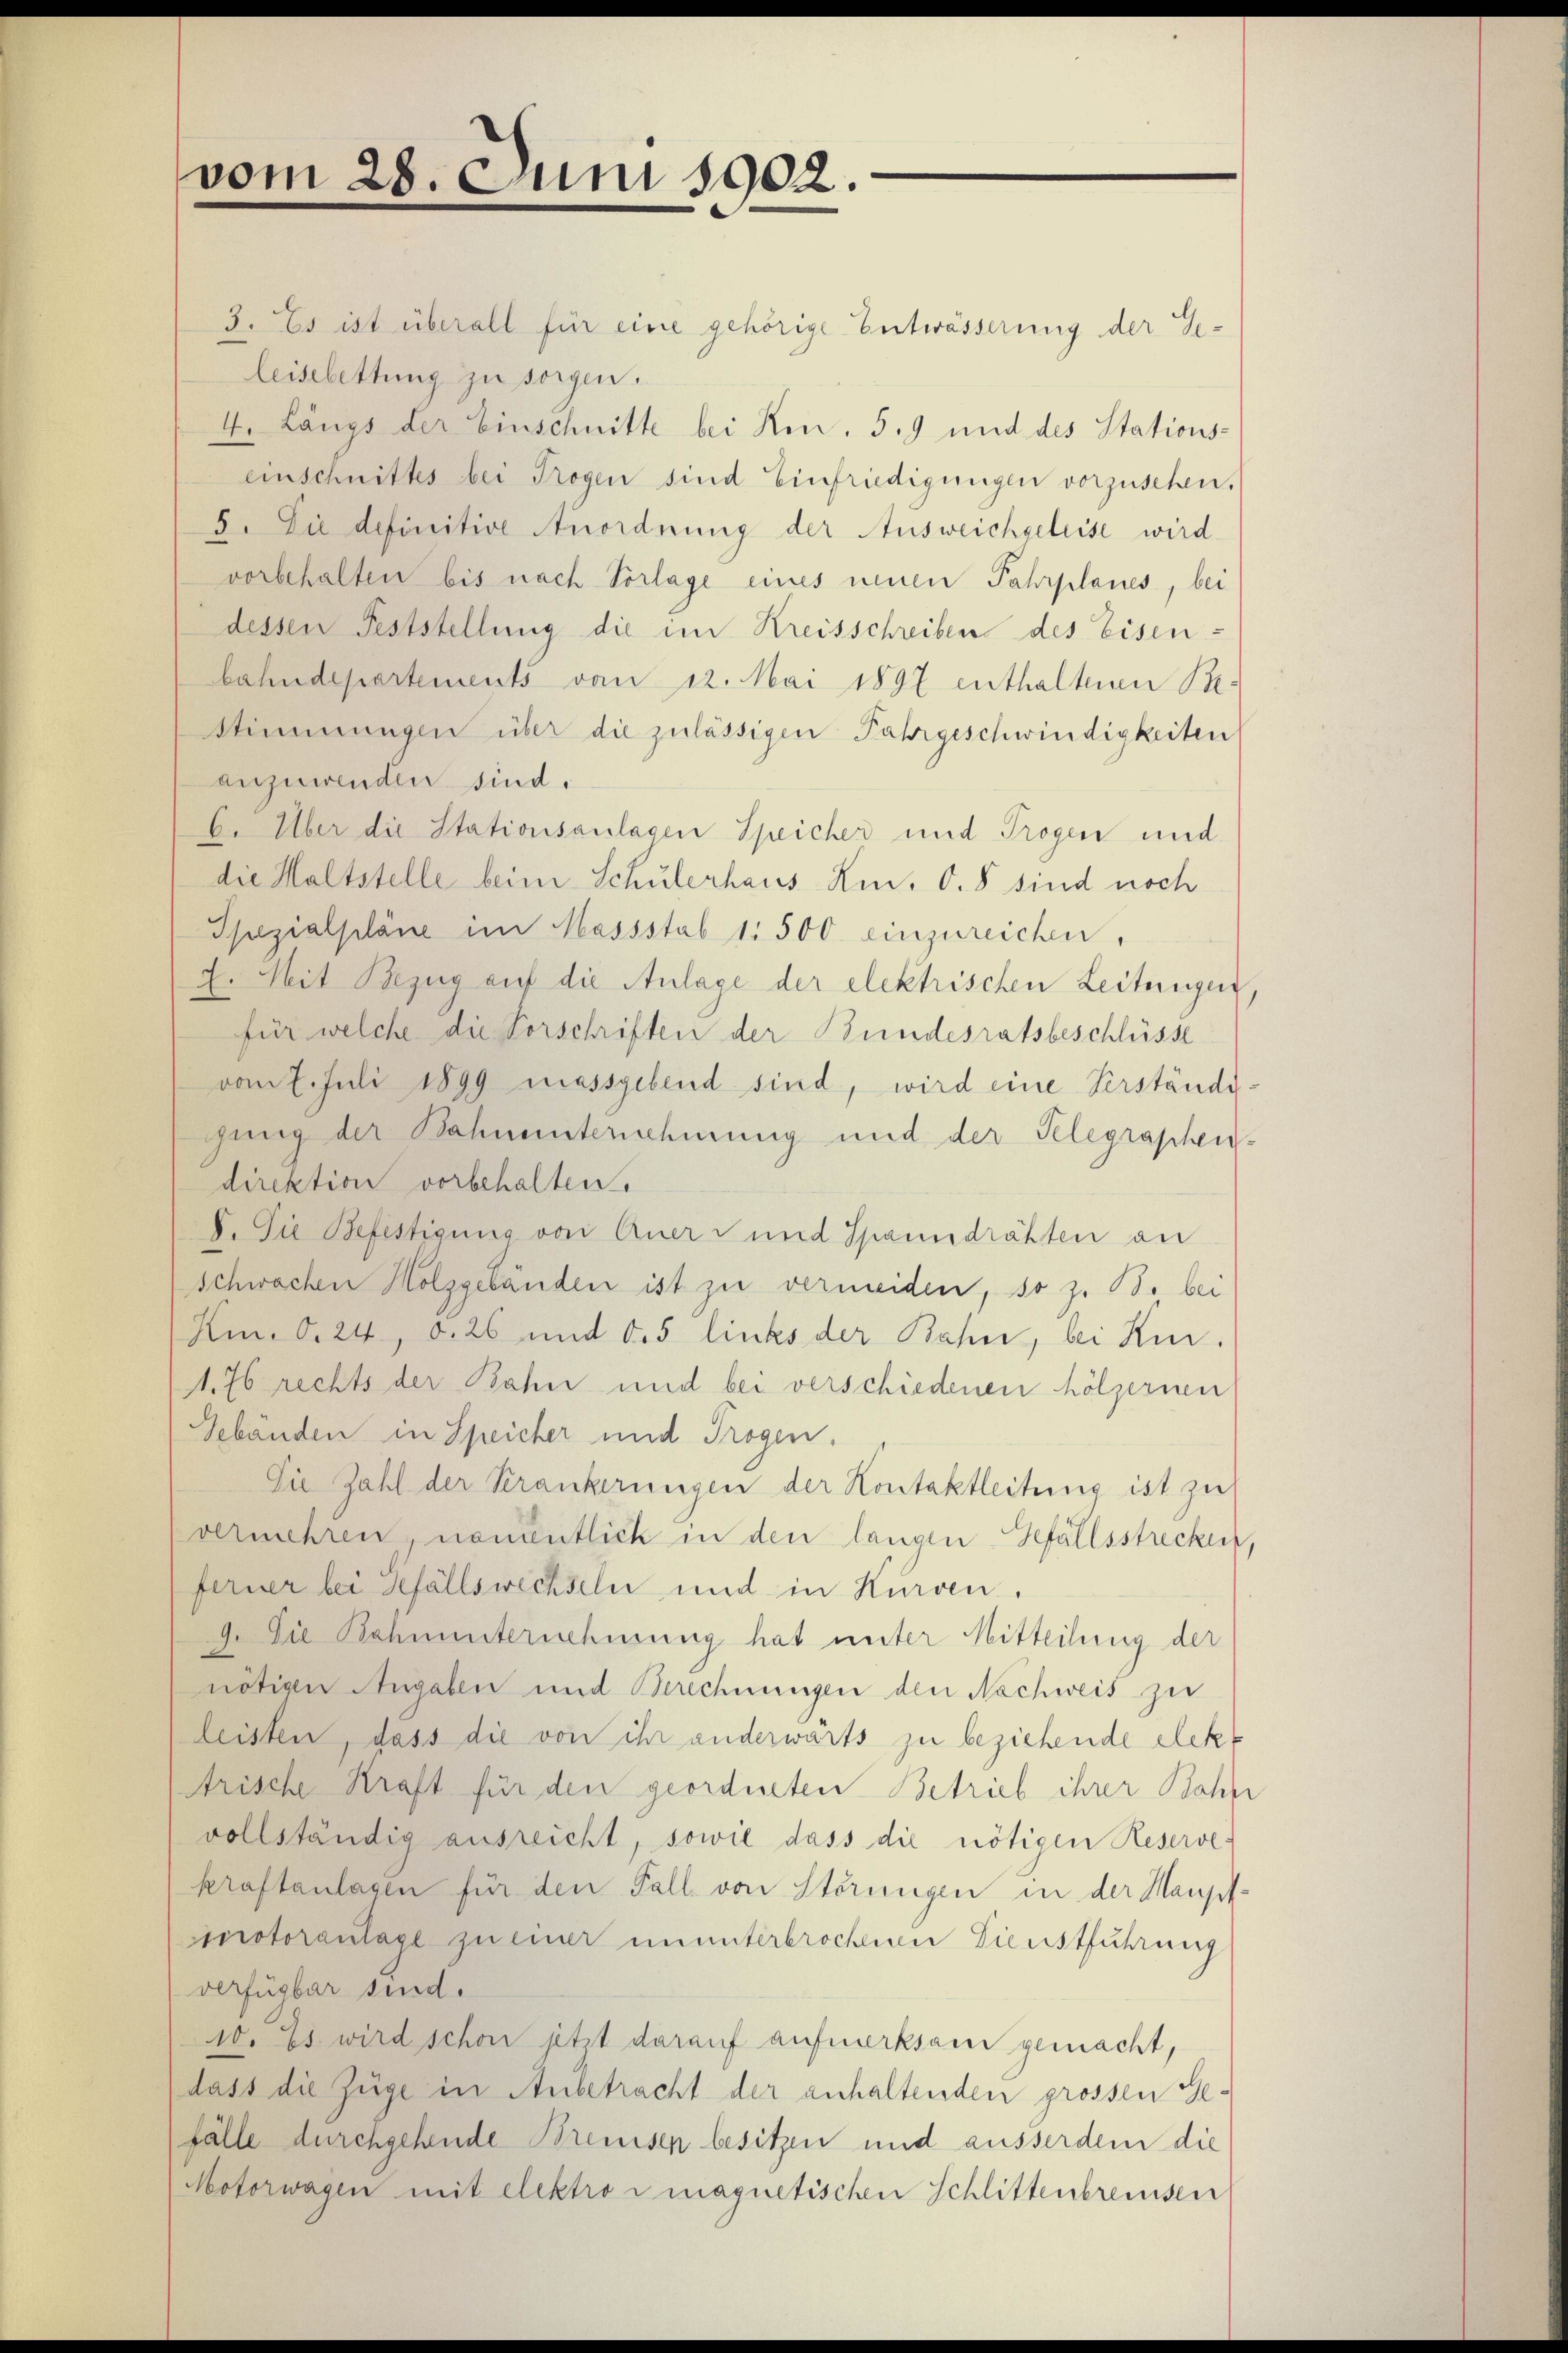
vom 28. Juni 1902.

3. Es ist überall für eine gehörige Entwässerung der Geleiselettung zu sorgen.
4. Längs der Einschnitte bei Kon. 5. 9 und des Stations-
einschnittes bei Trogen sind Einfriedigungen vorzusehen.
5. Die definitive Anordnung der Ausweichgeleise wird
vorbehalten bis nach Vorlage eines neuen Fahrplanes, bei
dessen Feststellung die im Kreisschreiben des Eisen-
bahndepartements vom 12. Mai 1897 enthaltenen Be-
Stimmungen über die zulässigen Fahrgeschwindigkeiten
anzuwenden sind.
6. Über die Stationsanlagen Speicher und Trogen und
die Haltstelle beim Schulerhaus hin, O. S. sind noch
Spezialpläne im Massstab 1. 500 einzureichen,
2. Mit Bezug auf die Anlage der elektrischen Leitungen,
für welche die Vorschriften der Bundesratsbeschlüsse
vom 7. Juli 1899 massgebend sind, wird eine Verständi-
gung der Bahnunternehmung und der Gelegraphen-
direktion vorbehalten.
I. Die Befestigung von Aner- und Spanndrähten an
schwachen Holzgebänden ist zu vermeiden, so z. B. bei
Hm. d. 24, d. 26 und d. 5 links der Bahn, bei Kir.
1. 76 rechts der Bahn und bei verschiedenen hölzernen
Gebanden in Speicher und Trogen,
Die Zahl der Krankerungen der Kontaktleitung ist zu
vermehren, namentlich in den langen Gefällsstrecken,
ferner bei Gefällswechseln und in Kurven,
9. Die Bahnunternehmung hat unter Mitteilung der
nötigen Angaben und Berechnungen den Nachweis zu
leisten, dass die von ihr anderwärts zu beziehende Elekt
Arische Kraft für den geordneten Betrieb ihrer Bahne
vollständig ausreicht, sowie dass die nötigen Reserve-
kraftanlagen für den Fall von Störungen in der Hauptmotoranlage zu einer ununterbrochenen Dienstführung
verfügbar sind.
10. Es wird schon jetzt darauf aufmerksam gemacht,
dass die Züge in Anbetracht der anhaltenden grossen Gefälle durchgehende Bremisen besitzen und ausserdem die
Motorwagen mit elektro magnetischen Schlittenbreisen